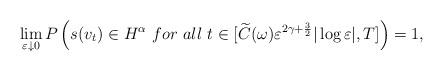
LaTeX: \begin{align*}\lim _{\varepsilon \downarrow 0}P\left( s(v_t) \in H^\alpha \ for \ all \ t \in [\widetilde{C}(\omega ) \varepsilon^{2\gamma +\frac{3}{2}} |\log \varepsilon |,T] \right) =1, \end{align*}